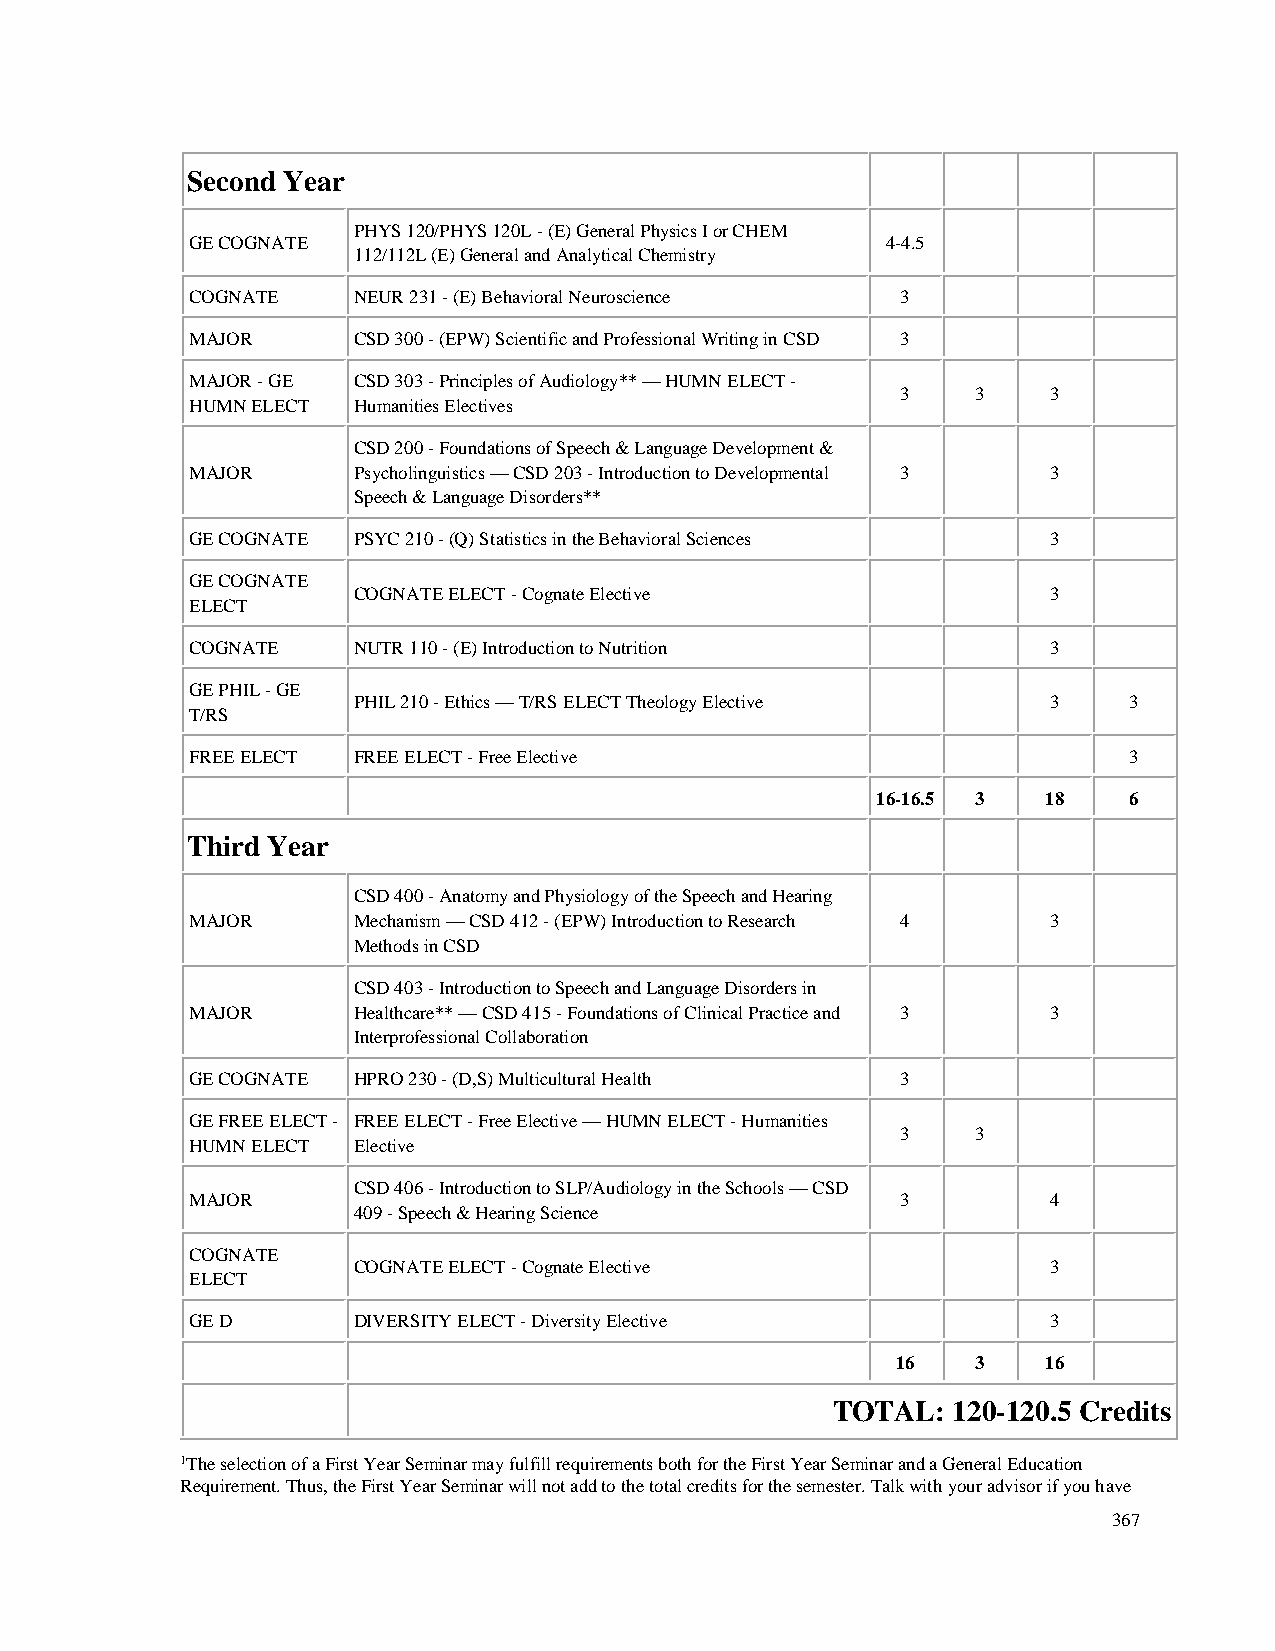
Second Year
 PHYS 120/PHYS 120L - (E) General Physics I or CHEM
 GE COGNATE                                    4-4.5
 112/112L (E) General and Analytical Chemistry
 COGNATE   NEUR 231 - (E) Behavioral Neuroscience 3
 MAJOR     CSD 300 - (EPW) Scientific and Professional Writing in CSD 3
 MAJOR - GE CSD 303 - Principles of Audiology** — HUMN ELECT -
 3    3   3
 HUMN ELECT Humanities Electives
 CSD 200 - Foundations of Speech & Language Development &
 MAJOR     Psycholinguistics — CSD 203 - Introduction to Developmental 3 3
 Speech & Language Disorders**
 GE COGNATE PSYC 210 - (Q) Statistics in the Behavioral Sciences 3
 GE COGNATE
 COGNATE ELECT - Cognate Elective              3
 ELECT
 COGNATE   NUTR 110 - (E) Introduction to Nutrition      3
 GE PHIL - GE
 PHIL 210 - Ethics — T/RS ELECT Theology Elective 3  3
 T/RS
 FREE ELECT FREE ELECT - Free Elective                         3
 16-16.5 3  18    6
 Third Year
 CSD 400 - Anatomy and Physiology of the Speech and Hearing
 MAJOR     Mechanism — CSD 412 - (EPW) Introduction to Research 4 3
 Methods in CSD
 CSD 403 - Introduction to Speech and Language Disorders in
 MAJOR     Healthcare** — CSD 415 - Foundations of Clinical Practice and 3 3
 Interprofessional Collaboration
 GE COGNATE HPRO 230 - (D,S) Multicultural Health 3
 GE FREE ELECT - FREE ELECT - Free Elective — HUMN ELECT - Humanities
 3    3
 HUMN ELECT Elective
 CSD 406 - Introduction to SLP/Audiology in the Schools — CSD
 MAJOR                                          3        4
 409 - Speech & Hearing Science
 COGNATE
 COGNATE ELECT - Cognate Elective              3
 ELECT
 GE D      DIVERSITY ELECT - Diversity Elective          3
 16    3   16
 TOTAL:  120-120.5 Credits
 1The selection of a First Year Seminar may fulfill requirements both for the First Year Seminar and a General Education
 Requirement. Thus, the First Year Seminar will not add to the total credits for the semester. Talk with your advisor if you have
 367